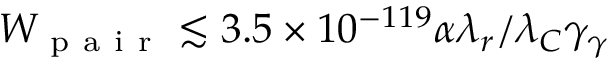
W _ { \mathrm { ~ p ~ a ~ i ~ r ~ } } \lesssim 3 . 5 \times 1 0 ^ { - 1 1 9 } \alpha \lambda _ { r } / \lambda _ { C } \gamma _ { \gamma }